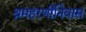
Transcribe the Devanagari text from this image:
श्रमहरणीनिवास